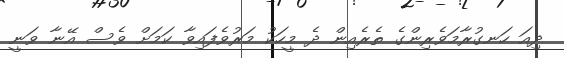
ދިއަ ހަނގުރާމަވެރިންގެ ތެރެއިން ދެ މީހަކު މަރުވެފައިވާ ކަމަށް ވެސް އޭނާ ވަނީ